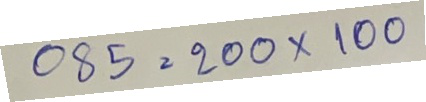
085 = 200 x 100